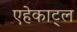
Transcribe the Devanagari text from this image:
एहेकाट्ल